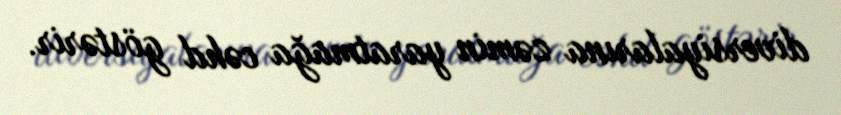
diversiyalarına zəmin yaratmağa cəhd göstərir.